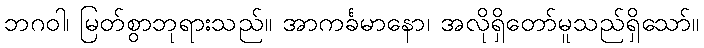
ဘဂဝါ၊ မြတ်စွာဘုရားသည်။ အာကင်္ခမာနော၊ အလိုရှိတော်မူသည်ရှိသော်။